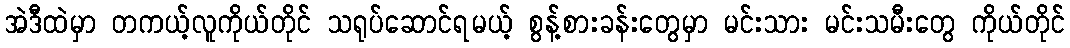
အဲဒီထဲမှာ တကယ့်လူကိုယ်တိုင် သရုပ်ဆောင်ရမယ့် စွန့်စားခန်းတွေမှာ မင်းသား မင်းသမီးတွေ ကိုယ်တိုင်